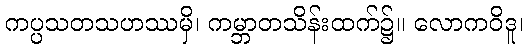
ကပ္ပသတသဟဿမှိ၊ ကမ္ဘာတသိန်းထက်၌။ လောကဝိဒူ၊